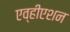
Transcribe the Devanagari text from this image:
एव्हीएशन